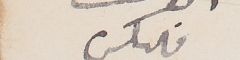
فليكس